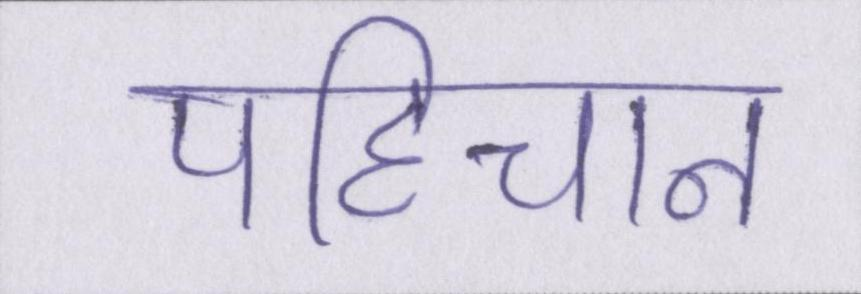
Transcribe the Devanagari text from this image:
पहिचान